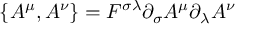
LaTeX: \{ A ^ { \mu } , A ^ { \nu } \} = F ^ { \sigma \lambda } \partial _ { \sigma } A ^ { \mu } \partial _ { \lambda } A ^ { \nu }